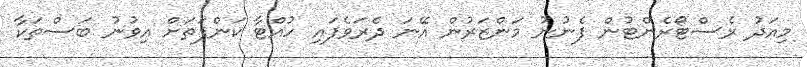
މިއަދު ރެސްޓޯރެންޓުން ފެނުނު މަންޒަރުން އޭނަ ދެރަވެފައި ހުއްޓާ ކަންފަތަށް އިވުނު ބަސްތަކާ